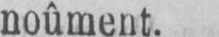
noûment.